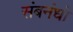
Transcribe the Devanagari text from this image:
संबनंधो